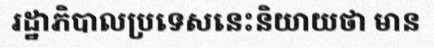
រដ្ឋាភិបាលប្រទេសនេះនិយាយថា មាន